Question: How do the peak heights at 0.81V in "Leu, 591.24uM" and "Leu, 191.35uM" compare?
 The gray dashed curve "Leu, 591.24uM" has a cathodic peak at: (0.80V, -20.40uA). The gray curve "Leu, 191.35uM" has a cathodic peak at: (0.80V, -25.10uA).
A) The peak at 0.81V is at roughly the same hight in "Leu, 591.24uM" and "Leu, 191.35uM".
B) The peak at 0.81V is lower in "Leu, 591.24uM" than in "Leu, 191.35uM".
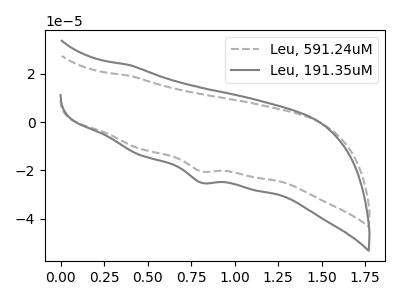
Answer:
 <answer>B) The peak at 0.81V is lower in "Leu, 591.24uM" than in "Leu, 191.35uM".</answer>
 <eval>B</eval>